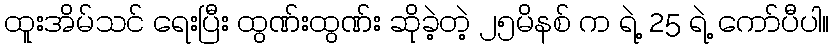
ထူးအိမ်သင် ရေးပြီး ထွဏ်းထွဏ်း ဆိုခဲ့တဲ့ ၂၅မိနစ် က ရဲ့ 25 ရဲ့ ကော်ပီပါ။